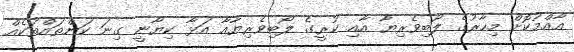
އާއްމުކޮށް މިހާރުގެ ލޯބިވެރިޔާ އާއި ކުރީގެ ލޯބިވެރިޔާއާ އަޅާ ކިޔާނީ ގިނަ ކަންތައްތަކެއް